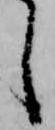
し